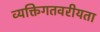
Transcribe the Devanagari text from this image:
व्यक्तिगतवरीयता